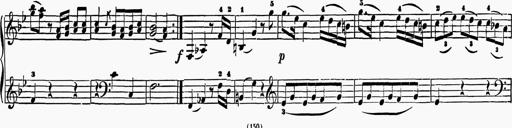
Title: 6 Sonatas
Composer: Muzio Clementi